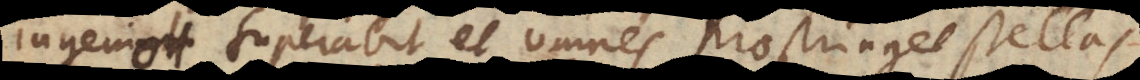
ingenio superabit, et omnes praestinguet stellas